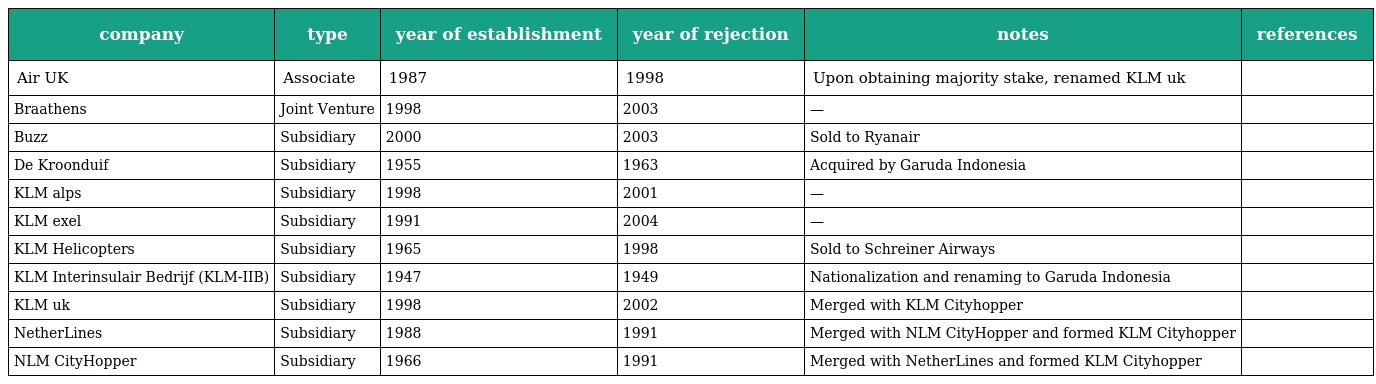
| company | type | year of establishment | year of rejection | notes | references |
 | --- | --- | --- | --- | --- | --- |
 | Air UK | Associate | 1987 | 1998 | Upon obtaining majority stake, renamed KLM uk |  |
 | Braathens | Joint Venture | 1998 | 2003 | — |  |
 | Buzz | Subsidiary | 2000 | 2003 | Sold to Ryanair |  |
 | De Kroonduif | Subsidiary | 1955 | 1963 | Acquired by Garuda Indonesia |  |
 | KLM alps | Subsidiary | 1998 | 2001 | — |  |
 | KLM exel | Subsidiary | 1991 | 2004 | — |  |
 | KLM Helicopters | Subsidiary | 1965 | 1998 | Sold to Schreiner Airways |  |
 | KLM Interinsulair Bedrijf (KLM-IIB) | Subsidiary | 1947 | 1949 | Nationalization and renaming to Garuda Indonesia |  |
 | KLM uk | Subsidiary | 1998 | 2002 | Merged with KLM Cityhopper |  |
 | NetherLines | Subsidiary | 1988 | 1991 | Merged with NLM CityHopper and formed KLM Cityhopper |  |
 | NLM CityHopper | Subsidiary | 1966 | 1991 | Merged with NetherLines and formed KLM Cityhopper |  |